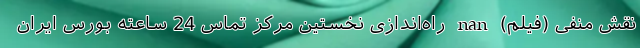
نقش منفی (فیلم) nan راه‌اندازی نخستین مرکز تماس 24 ساعته بورس ایران